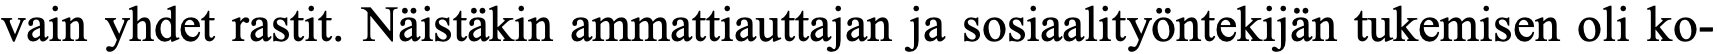
vain yhdet rastit. Näistäkin ammattiauttajan ja sosiaalityöntekijän tukemisen oli ko-